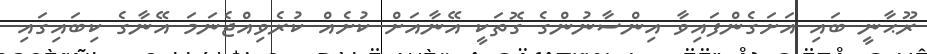
ރޫޙާނީ ބައި އަށަގެންފައިވާ އިންސާނުންގެ ގޮތަކީ އޭނާއަށް ކުށެއް ކުރެވިއްޖެނަމަ އޭނާގެ ކިބައިގައި